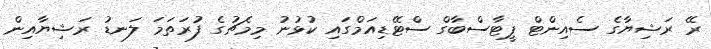
ރޭ ރަޝިޔާގެ ސެއިންޓް ޕީޓާސްބާގް ސްޓޭޑިއަމްގައި ކުޅުނު މިމެޗުގެ ފުރަތަމަ ލަނޑު ރަޝިޔާއިން